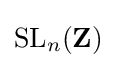
\mathrm {SL} _{n}(\mathbf {Z} )